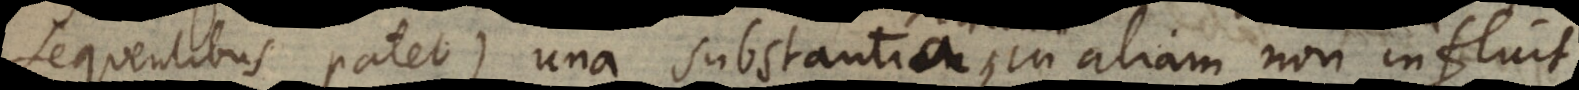
sequentibus patet) una substantia in aliam non influit,